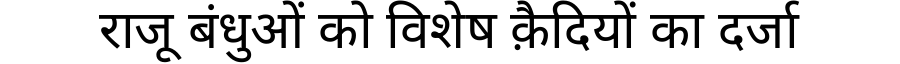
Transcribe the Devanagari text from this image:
राजू बंधुओं को विशेष क़ैदियों का दर्जा